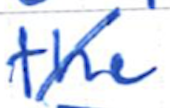
Text: the
Cross-out: diagonal
Writing tool: ballpoint